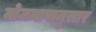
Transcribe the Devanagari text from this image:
मोजमापानुसार